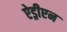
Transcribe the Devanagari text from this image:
ऐड्रीएन